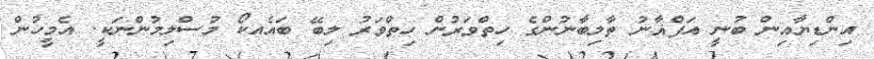
އިންޑިޔާއިން ބުނީ އަފްޣާނު ތާލިބާނުންގެ ހިތްވަރުން ހިތްވަރު ލިބޭ ބައެއކޯ މުސްލިމުންނަކީ. އެމީހުން